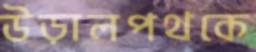
উড়ালপথকে